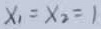
x _ { 1 } = x _ { 2 } = 1